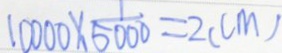
1 0 0 0 0 \times \frac { 1 } { 5 0 0 0 } = 2 ( c m )